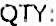
QTY: